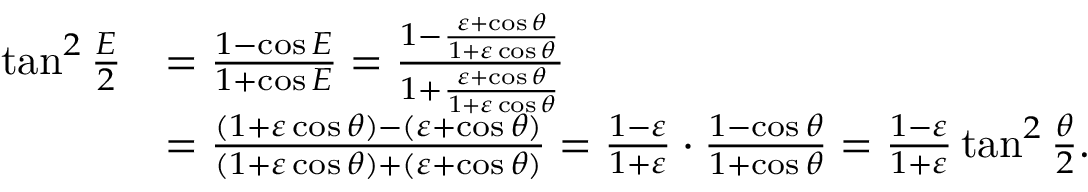
{ \begin{array} { r l } { \tan ^ { 2 } { \frac { E } { 2 } } } & { = { \frac { 1 - \cos E } { 1 + \cos E } } = { \frac { 1 - { \frac { \varepsilon + \cos \theta } { 1 + \varepsilon \cos \theta } } } { 1 + { \frac { \varepsilon + \cos \theta } { 1 + \varepsilon \cos \theta } } } } } \\ & { = { \frac { ( 1 + \varepsilon \cos \theta ) - ( \varepsilon + \cos \theta ) } { ( 1 + \varepsilon \cos \theta ) + ( \varepsilon + \cos \theta ) } } = { \frac { 1 - \varepsilon } { 1 + \varepsilon } } \cdot { \frac { 1 - \cos \theta } { 1 + \cos \theta } } = { \frac { 1 - \varepsilon } { 1 + \varepsilon } } \tan ^ { 2 } { \frac { \theta } { 2 } } . } \end{array} }